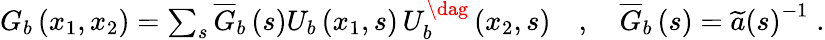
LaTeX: \begin{array}{r}{G_{b}\left(x_{1},x_{2}\right)=\sum_{s}\overline{{G}}_{b}\left(s\right)U_{b}\left(x_{1},s\right)\, U_{b}^{\dag}\left(x_{2},s\right)\quad,\quad\overline{{G}}_{b}\left(s\right)=\widetilde{a}\left(s\right)^{-1}\; .}\end{array}